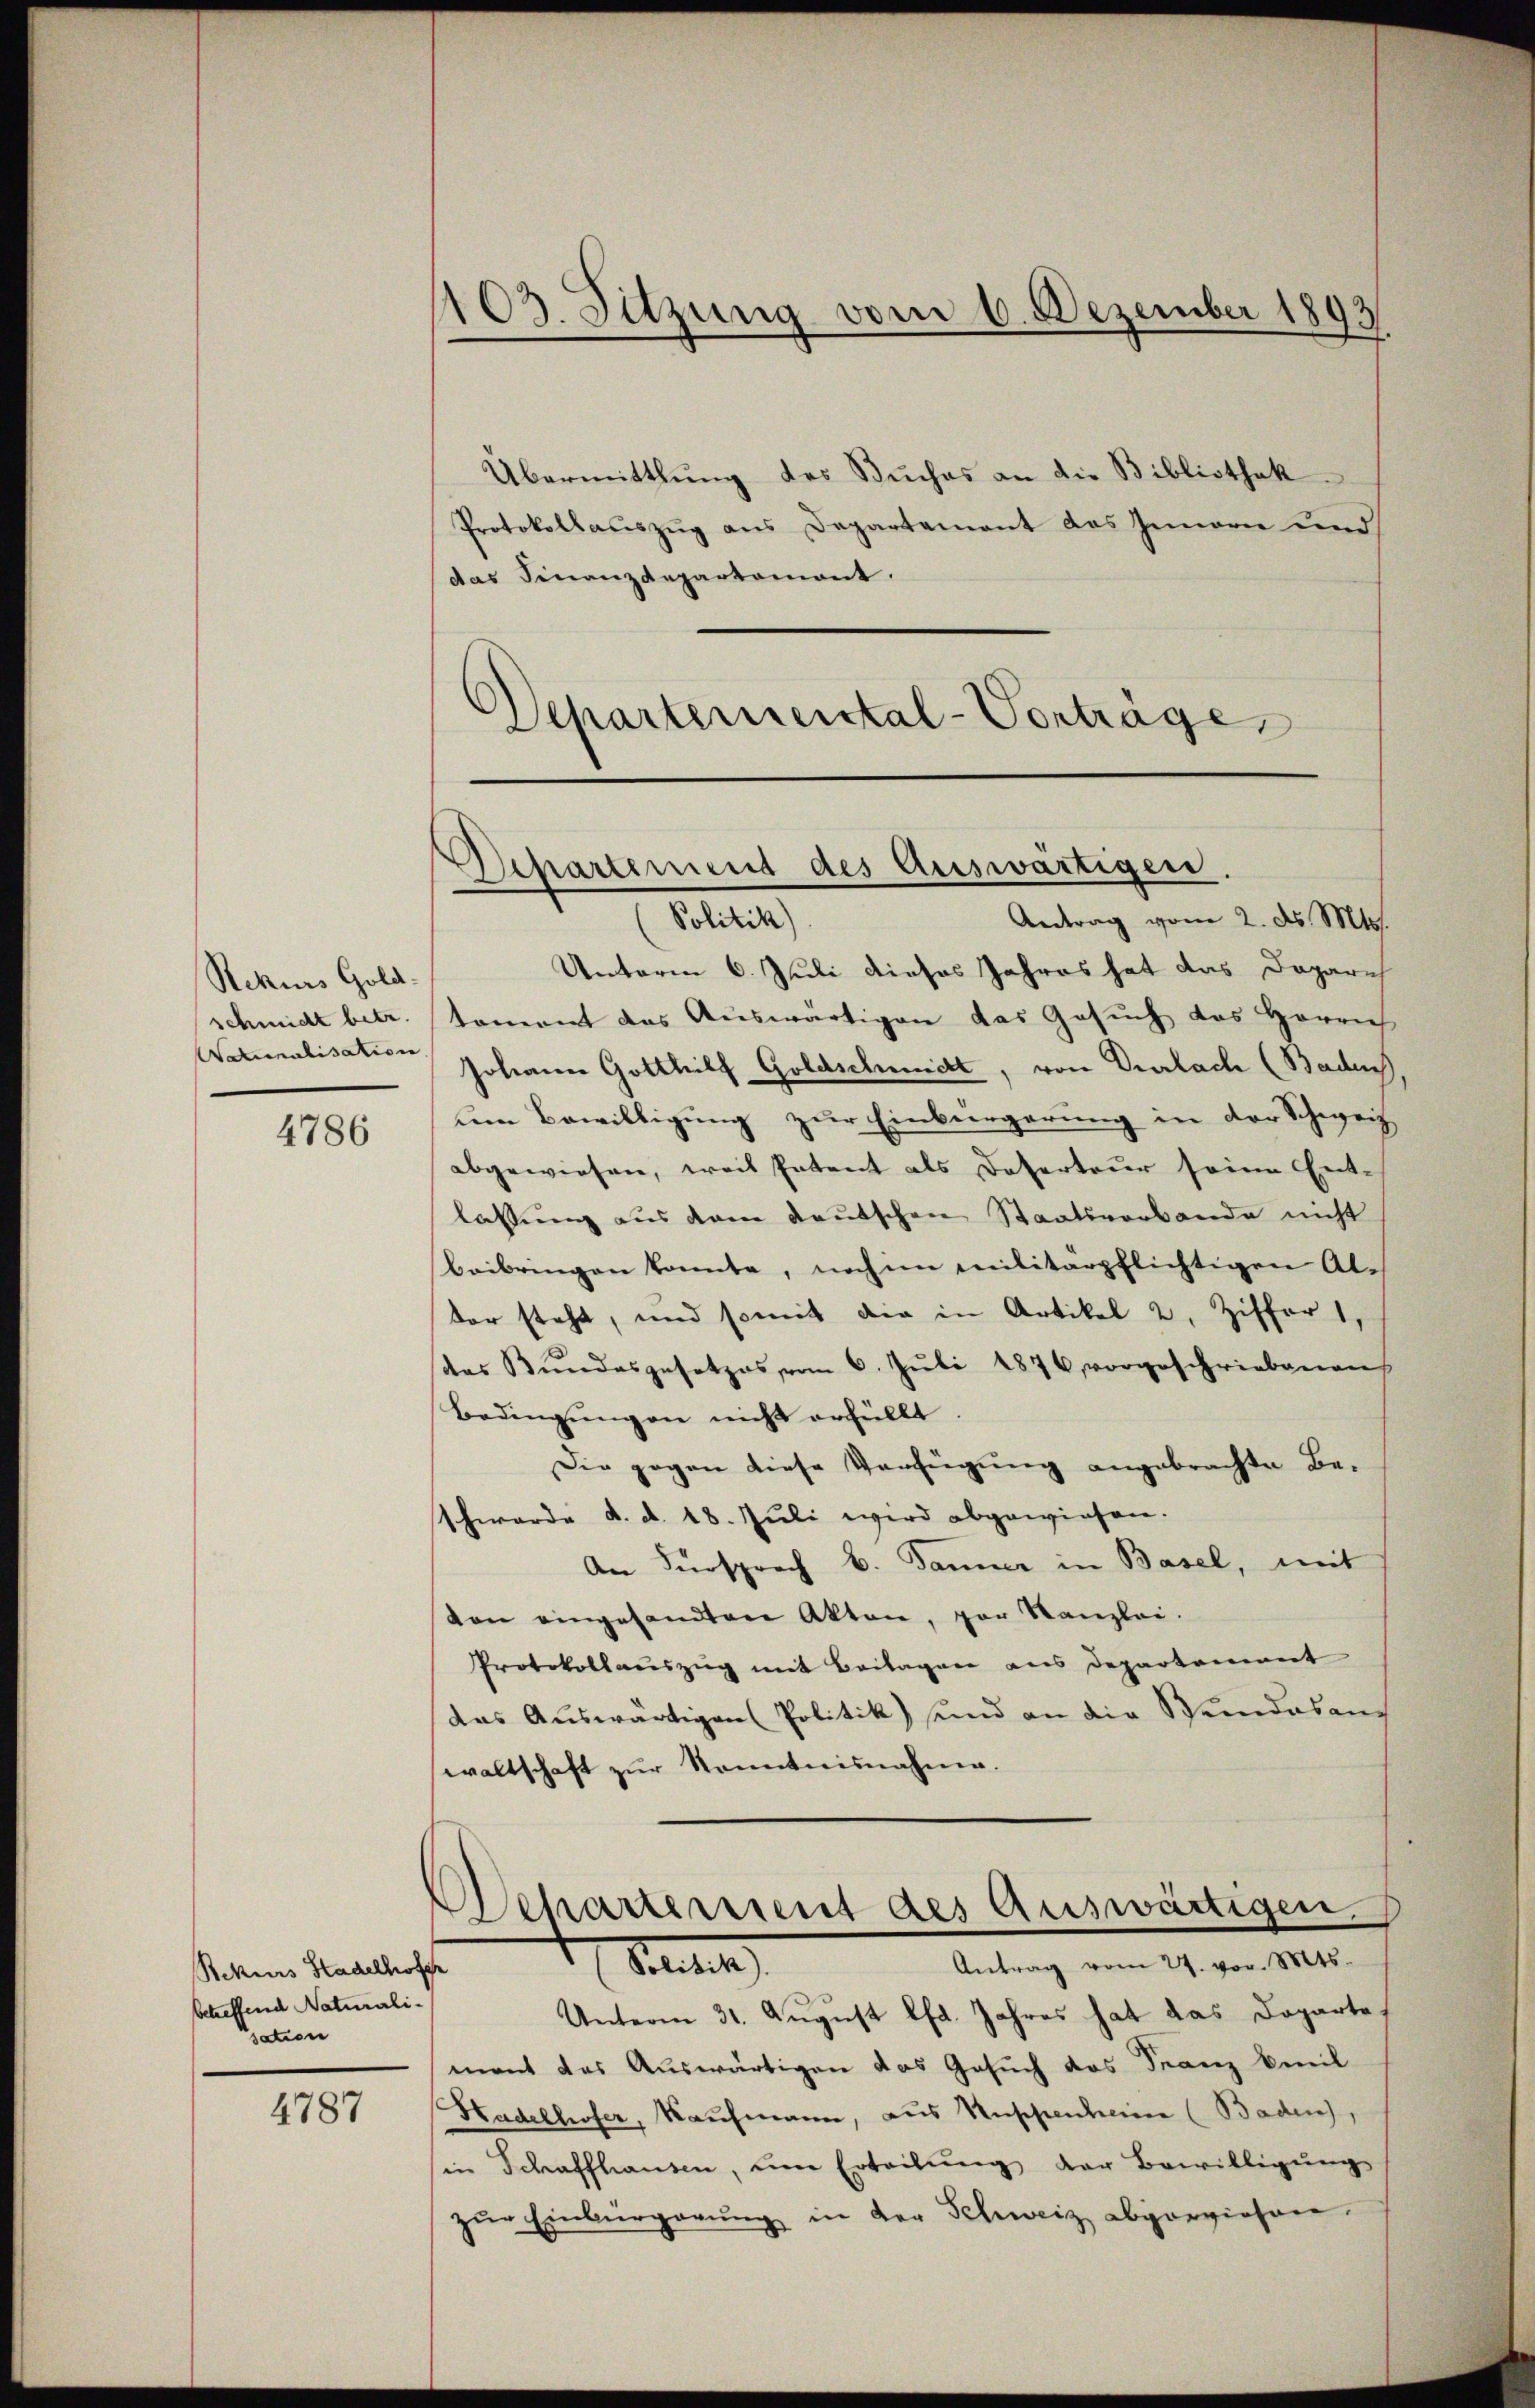
Rekurs Gold
schnicht betr.
Waturalisation

4786

Rekurs Stadelhofer
betreffend Naturali-
sation

4787

1103. Sitzung vom 6. Dezember 1893

Übermittlung des Buches an die Bibliothek
Protokollauszug aus Departement des Innern und
das Finanzdepartemont.

Departemental-Vorträge

Departement des Auswärtigen.
Politik)
Antrag vom 2. ds. Mts.

Unterm 6. Juli dieses Jahres hat das Daparich
toment das Auswärtigen das Gesuch das Herrich
Johann Gotthilf Goldschmidt, von Verlach (Baden,
um Bewilligung zur Einbürgerung in der Schweiz.
abgewiesen, weil Petent als Deserteur seine Ent-
lassung aus dem deutschen Staatsverbande nicht
beibringen konnte, nochme militärpflichtigen Al-
tor steht, und somit der in Artikel 2. Ziffert,
(das Bŭndesgesetzes vom 6. Jŭli 1876 vorgeschriebenen
Bedingungen nicht erfüllt
Die gegen diese Verfügung angebrachte Beschwerde d. d. 18. Jŭli wird abgewiesen.
An Fürsprach B. Jänner in Basel, mit
don eingesandten Akten, par Kanzlei-
Protokollauszug mit Beilagen aus Departement
das Auswärtigen Politik) und an die Bendas auch
waltschaft zŭr Kenntnisnahme.
Behartement des Auswärtigen.
Antrag vom 27. vor. Mts.
Seitet
Unterm 31. August lfd. Jahres hat das Doparte
mant das Auswärtigen das Gesuch das Franz beeil
Hadelhofer, Kaufmann, aus Kuppenheim (Baden,
in Schaffhausen, ŭm Erteilŭng der Bewilligŭng
zŭr Einbürgerŭng in der Schweiz abgerwiesen.